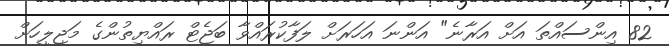
82 އިންސައްތަ އަށް އަރާނެ" އަންނަ އަހަރަށް ލަފާކުރައްވާ ބަޖެޓް ރައްޔިތުންގެ މަޖިލީހަށް